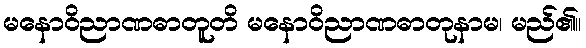
မနောဝိညာဏဓာတူတိ မနောဝိညာဏဓာတုနာမ၊ မည်၏။